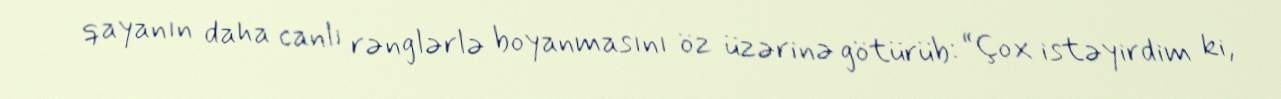
qayanın daha canlı rənglərlə boyanmasını öz üzərinə götürüb: “Çox istəyirdim ki,